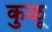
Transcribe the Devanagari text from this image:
कुळू